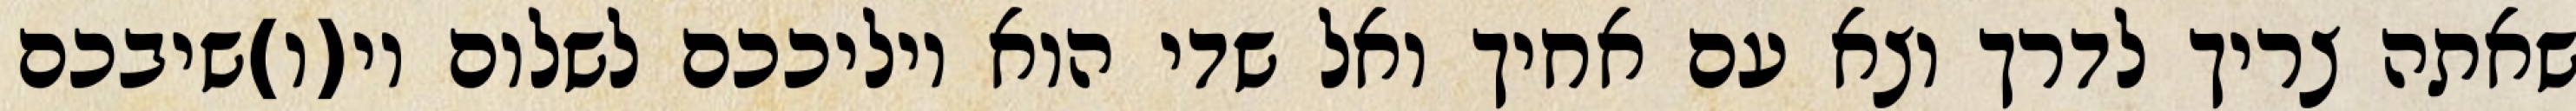
שאתה צריך לדרך וצא עם אחיך ואל שדי הוא יוליככם לשלום וי(ו)שיבכם